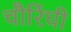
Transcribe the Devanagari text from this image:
चौरिंघी